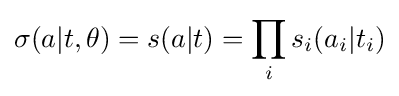
\sigma (a|t,\theta )=s(a|t)=\prod _{i}s_{i}(a_{i}|t_{i})